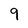
Character: 9